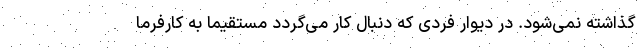
گذاشته نمی‌شود. در دیوار فردی که دنبال کار می‌گردد مستقیما به کارفرما